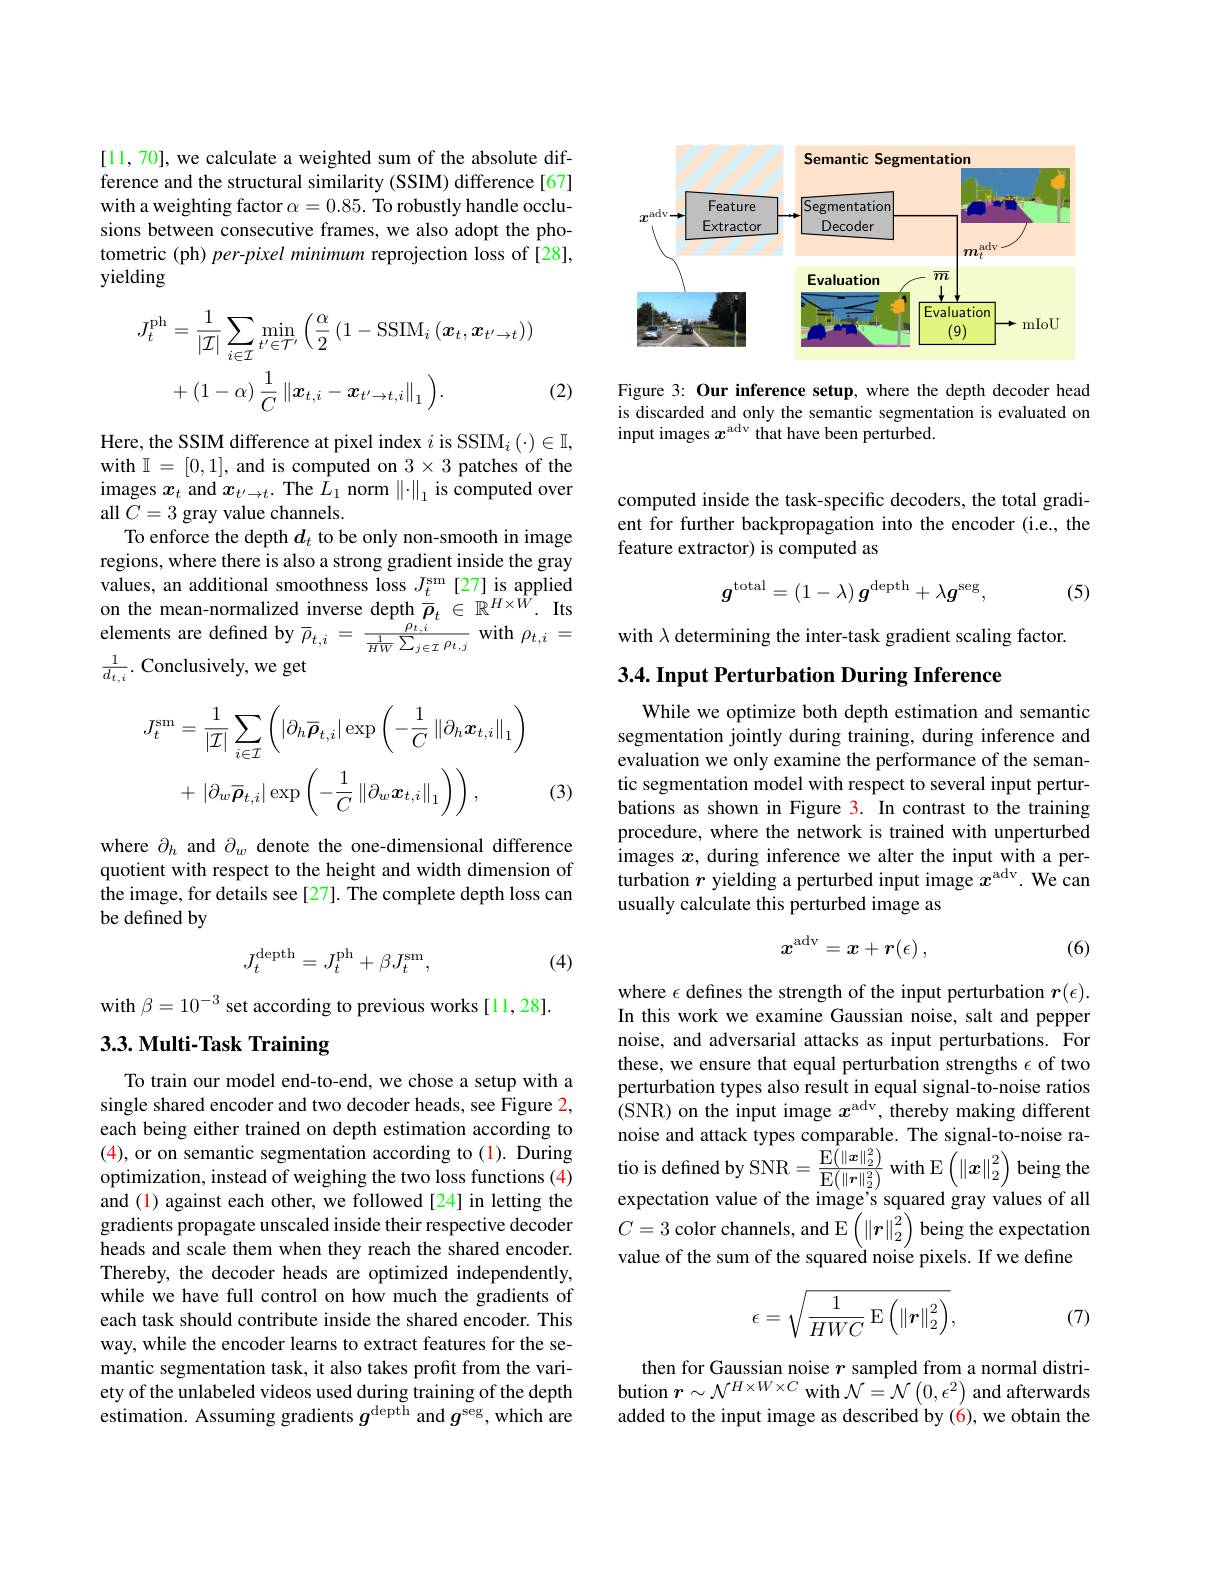
[11,70], we calculate a weighted sum of the absolute difference and the structural similarity (SSIM) difference[67] with a weighting factor $\alpha=0.85.$ To robustly handle occlusions between consecutive frames, we also adopt the photometric (ph) per-pixel minimum reprojection loss of [28], yielding
$$\begin{aligned}J_{t}^{\mathrm{ph}}&=\frac{1}{|\mathcal{I}|}\sum_{i\in\mathcal{I}}\operatorname*{min}_{t^{\prime}\in\mathcal{T}^{\prime}}\left(\frac{\alpha}{2}\left(1-\mathrm{SSIM}_{i}\left(\boldsymbol{x}_{t},\boldsymbol{x}_{t^{\prime}\to t}\right)\right)\right.\\&+\left(1-\alpha\right)\frac{1}{C}\left\|\boldsymbol{x}_{t,i}-\boldsymbol{x}_{t^{\prime}\to t,i}\right\|_{1}\Big).\end{aligned}$$
(2)

Here, the SSIM difference at pixel index $i\text{ is SSIM}_i( \cdot ) \in \mathbb{I} $, with $\mathbb{I}=[0,1]$, and is computed on $3\times3$ patches of the images $x_t$ and $x_{t^{\prime}\to t}.$ The $\hat{L}_1$ norm $\left\|\cdot\right\|_1$ is computed over all $\tilde{C}=3$ gray value channels.
To enforce the depth $d_t$ to be only non-smooth in image regions, where there is also a strong gradient inside the gray values, an additional smoothness loss $J_{t}^{\mathrm{sm}}$ [27] is applied on the mean-normalized inverse depth $\overline{\bar{\rho}}_{t}\in\mathbb{R}^{H\times\bar{W}}.$ Its elements are defined by $\overline\rho_{t,i}=\frac{\rho_{t,i}}{\frac1{HW}\sum_{j\in\mathcal{I}}\rho_{t,j}}$ with $\rho_{t,i}=$ $\frac{1}{d_{t,i}}.$ Conclusively, we get
$$\begin{aligned}J_{t}^{\mathrm{sm}}&=\frac{1}{|\mathcal{I}|}\sum_{i\in\mathcal{I}}\left(|\partial_{h}\overline{\rho}_{t,i}|\exp\left(-\frac{1}{C}\left\|\partial_{h}\boldsymbol{x}_{t,i}\right\|_{1}\right)\\&+\:|\partial_{w}\overline{\boldsymbol{\rho}}_{t,i}|\exp\left(-\frac{1}{C}\left\|\partial_{w}\boldsymbol{x}_{t,i}\right\|_{1}\right)\right),\end{aligned}$$
(3)

where $\partial_h$ and $\partial_w$ denote the one-dimensional difference quotient with respect to the height and width dimension of the image, for details see [27]. The complete depth loss can be defined by
$$J_t^{\mathrm{depth}}=J_t^{\mathrm{ph}}+\beta J_t^{\mathrm{sm}},$$
(4)

with $\beta=10^{-3}$ set according to previous works [11,28].

## 3.3. Multi- Task Training

To train our model end-to-end, we chose a setup with a single shared encoder and two decoder heads, see Figure 2, each being either trained on depth estimation according to (4), or on semantic segmentation according to (1). During optimization, instead of weighing the two loss functions (4) and (1) against each other, we followed [24] in letting the gradients propagate unscaled inside their respective decoder heads and scale them when they reach the shared encoder. Thereby, the decoder heads are optimized independently, while we have full control on how much the gradients of each task should contribute inside the shared encoder. This way, while the encoder learns to extract features for the semantic segmentation task, it also takes profit from the variety of the unlabeled videos used during training of the depth estimation. Assuming gradients $g^\mathrm{depth}$ and $g^\mathrm{seg}$, which are

<FigureHere>

Figure 3: Our inference setup, where the depth decoder head is discarded and only the semantic segmentation is evaluated on input images $x^\mathrm{adv}$ that have been perturbed.

computed inside the task-specific decoders, the total gradient for further backpropagation into the encoder (i.e., the feature extractor) is computed as
$$g^{\mathrm{total}}=(1-\lambda)\:g^{\mathrm{depth}}+\lambda g^{\mathrm{seg}},$$
(5)

with $\lambda$ determining the inter-task gradient scaling factor.
3.4. Input Perturbation During Inference

While we optimize both depth estimation and semantic segmentation jointly during training, during inference and evaluation we only examine the performance of the semantic segmentation model with respect to several input perturbations as shown in Figure 3. In contrast to the training procedure, where the network is trained with unperturbed images $x$, during inference we alter the input with a perturbation $r$ yielding a perturbed input image $x^\mathrm{adv}.$ We can usually calculate this perturbed image as
$$x^{\mathrm{adv}}=x+r(\epsilon)\:,$$
(6)

where $\epsilon$ defines the strength of the input perturbation $r(\epsilon).$ In this work we examine Gaussian noise, salt and pepper noise, and adversarial attacks as input perturbations. For these, we ensure that equal perturbation strengths $\epsilon$ of two perturbation types also result in equal signal-to-noise ratios ( SNR) on the input image $x^{\mathrm{adv}}$, thereby making different noise and attack types comparable. The signal-to-noise ratio is defined by SNR$=\frac{\mathrm{E}\left(\|\boldsymbol{x}\|_{2}^{2}\right)}{\mathrm{E}\left(\|\boldsymbol{r}\|_{2}^{2}\right)}$with E$\left(\|\boldsymbol x\|_{2}^{2}\right)$being the expectation value of the image's squared gray values of all $C=3$ color channels, and E$\left(\|\boldsymbol{r}\|_2^2\right)$being the expectation value of the sum of the squared noise pixels. If we define
$$\epsilon=\sqrt{\frac{1}{HWC}\operatorname{E}\left(\left\|\boldsymbol{r}\right\|_2^2\right)},$$
(7)

then for Gaussian noise $r$ sampled from a normal distribution $r\sim\mathcal{N}^H\times W\times C$ with $\mathcal{N}=\mathcal{N}\left(0,\epsilon^2\right)$ and afterwards added to the input image as described by (6), we obtain the